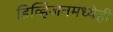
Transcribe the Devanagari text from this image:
डिव्हिजनमध्येही